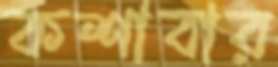
কশাবার